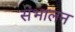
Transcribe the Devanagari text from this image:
संभालन